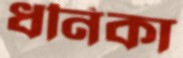
ধনিকা